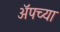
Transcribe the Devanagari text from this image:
ॲपच्या